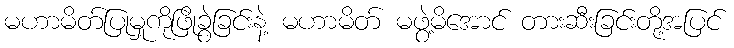
မဟာမိတ်ပြုမှုကိုဖြိုခွဲခြင်းနဲ့ မဟာမိတ် မဖွဲ့မိအောင် တားဆီးခြင်းတို့အပြင်